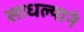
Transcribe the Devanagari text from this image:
साधल्याने